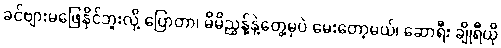
ခင်ဗျားမဖြေနိုင်ဘူးလို့ ပြောတာ၊ မိမိညွန့်နဲ့တွေ့မှပဲ မေးတော့မယ်၊ ဆောရီး ချိုရီယို